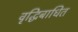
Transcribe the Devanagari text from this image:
वृद्धिबाधित